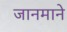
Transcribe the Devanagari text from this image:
जानमाने